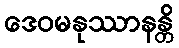
ဒေဝမနုဿာနန္တိ